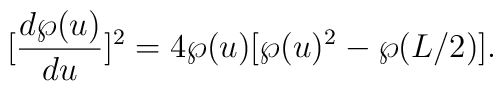
[\frac{d\wp(u)}{du}]^2=4 \wp(u)[\wp(u)^2-\wp(L/2)].